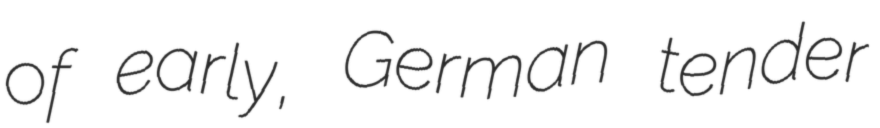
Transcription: of early, German tender